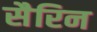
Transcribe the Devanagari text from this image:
सैरिन